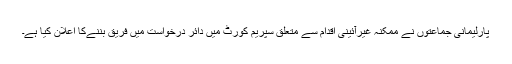
پارلیمانی جماعتوں نے ممکنہ غیرآئینی اقدام سے متعلق سپریم کورٹ میں دائر درخواست میں فریق بننےکا اعلان کیا ہے۔